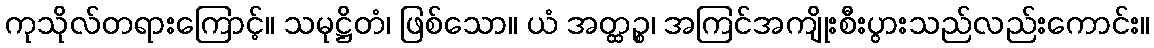
ကုသိုလ်တရားကြောင့်။ သမုဋ္ဌိတံ၊ ဖြစ်သော။ ယံ အတ္ထဉ္စ၊ အကြင်အကျိုးစီးပွားသည်လည်းကောင်း။